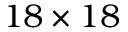
1 8 \times 1 8